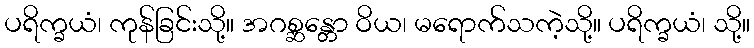
ပရိက္ခယံ၊ ကုန်ခြင်းသို့။ အဂစ္ဆန္တော ဝိယ၊ မရောက်သကဲ့သို့။ ပရိက္ခယံ၊ သို့။